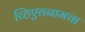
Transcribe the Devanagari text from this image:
व्हिएतनामचा